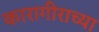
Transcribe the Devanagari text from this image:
कारागीराच्या